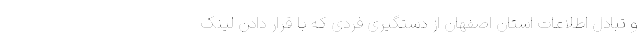
و تبادل اطلاعات استان اصفهان از دستگیری فردی که با قرار دادن لینک